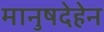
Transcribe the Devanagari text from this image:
मानुषदेहेन